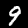
Digit: 9